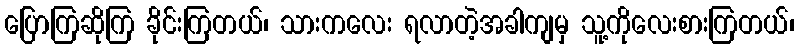
ပြောကြဆိုကြ ခိုင်းကြတယ်၊ သားကလေး ရလာတဲ့အခါကျမှ သူ့ကိုလေးစားကြတယ်၊